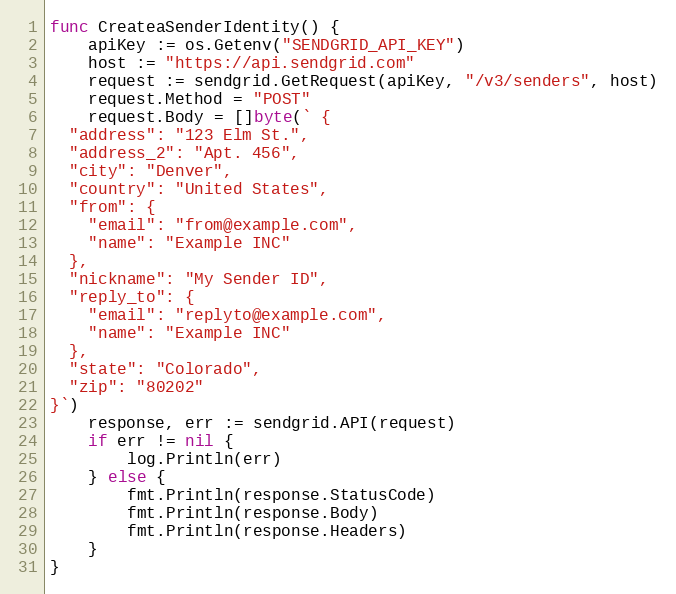
Language: Go
func CreateaSenderIdentity() {
	apiKey := os.Getenv("SENDGRID_API_KEY")
	host := "https://api.sendgrid.com"
	request := sendgrid.GetRequest(apiKey, "/v3/senders", host)
	request.Method = "POST"
	request.Body = []byte(` {
  "address": "123 Elm St.",
  "address_2": "Apt. 456",
  "city": "Denver",
  "country": "United States",
  "from": {
    "email": "from@example.com",
    "name": "Example INC"
  },
  "nickname": "My Sender ID",
  "reply_to": {
    "email": "replyto@example.com",
    "name": "Example INC"
  },
  "state": "Colorado",
  "zip": "80202"
}`)
	response, err := sendgrid.API(request)
	if err != nil {
		log.Println(err)
	} else {
		fmt.Println(response.StatusCode)
		fmt.Println(response.Body)
		fmt.Println(response.Headers)
	}
}